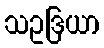
သဥဒြယာ